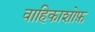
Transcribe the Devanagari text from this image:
वाहिकाशोफ़